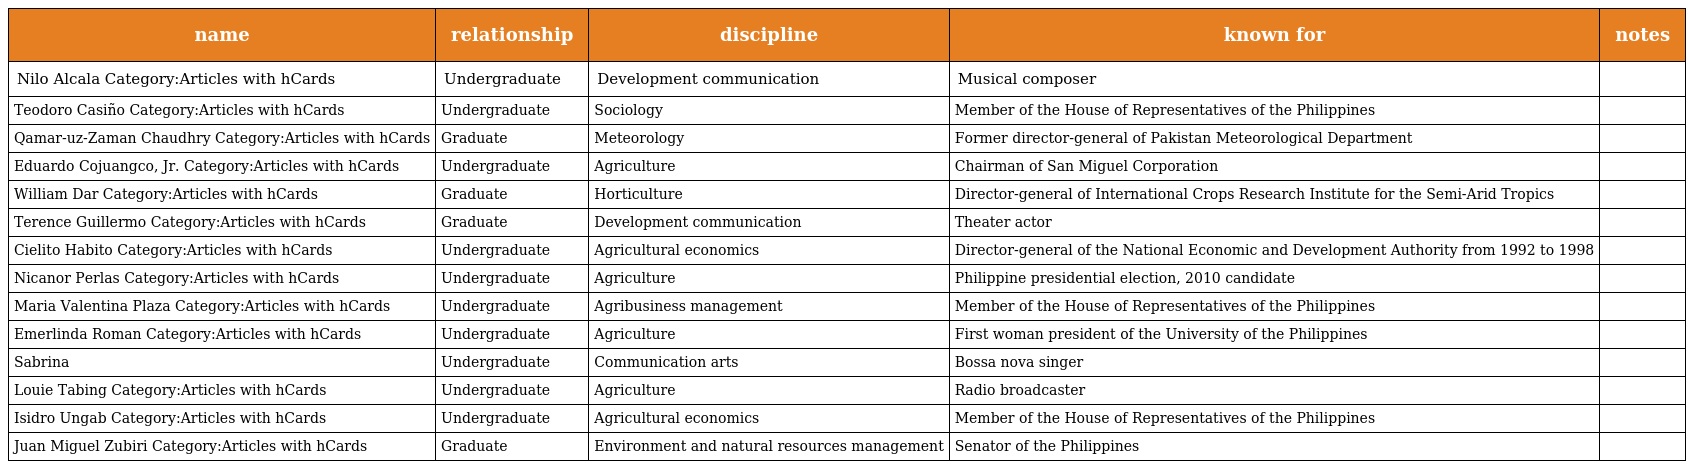
| name | relationship | discipline | known for | notes |
 | --- | --- | --- | --- | --- |
 | Nilo Alcala Category:Articles with hCards | Undergraduate | Development communication | Musical composer |  |
 | Teodoro Casiño Category:Articles with hCards | Undergraduate | Sociology | Member of the House of Representatives of the Philippines |  |
 | Qamar-uz-Zaman Chaudhry Category:Articles with hCards | Graduate | Meteorology | Former director-general of Pakistan Meteorological Department |  |
 | Eduardo Cojuangco, Jr. Category:Articles with hCards | Undergraduate | Agriculture | Chairman of San Miguel Corporation |  |
 | William Dar Category:Articles with hCards | Graduate | Horticulture | Director-general of International Crops Research Institute for the Semi-Arid Tropics |  |
 | Terence Guillermo Category:Articles with hCards | Graduate | Development communication | Theater actor |  |
 | Cielito Habito Category:Articles with hCards | Undergraduate | Agricultural economics | Director-general of the National Economic and Development Authority from 1992 to 1998 |  |
 | Nicanor Perlas Category:Articles with hCards | Undergraduate | Agriculture | Philippine presidential election, 2010 candidate |  |
 | Maria Valentina Plaza Category:Articles with hCards | Undergraduate | Agribusiness management | Member of the House of Representatives of the Philippines |  |
 | Emerlinda Roman Category:Articles with hCards | Undergraduate | Agriculture | First woman president of the University of the Philippines |  |
 | Sabrina | Undergraduate | Communication arts | Bossa nova singer |  |
 | Louie Tabing Category:Articles with hCards | Undergraduate | Agriculture | Radio broadcaster |  |
 | Isidro Ungab Category:Articles with hCards | Undergraduate | Agricultural economics | Member of the House of Representatives of the Philippines |  |
 | Juan Miguel Zubiri Category:Articles with hCards | Graduate | Environment and natural resources management | Senator of the Philippines |  |